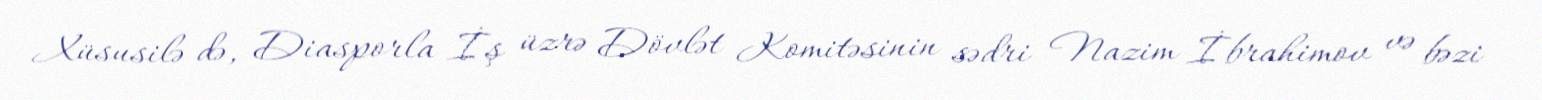
Xüsusilə də, Diasporla İş üzrə Dövlət Komitəsinin sədri Nazim İbrahimov və bəzi